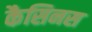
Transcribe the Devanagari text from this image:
कैसिनस